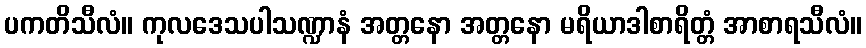
ပကတိသီလံ။ ကုလဒေသပါသဏ္ဍာနံ အတ္တနော အတ္တနော မရိယာဒါစာရိတ္တံ အာစာရသီလံ။